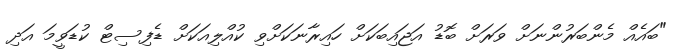
"ބައެއް މެންބަރުންނަށް ވަރަށް ބޮޑު އަޖައިބަކަށް ހައިރާނަކަށްވި ކުއްލިއަކަށް ޑެފިސިޓް ކުޑަވީމަ އަދި